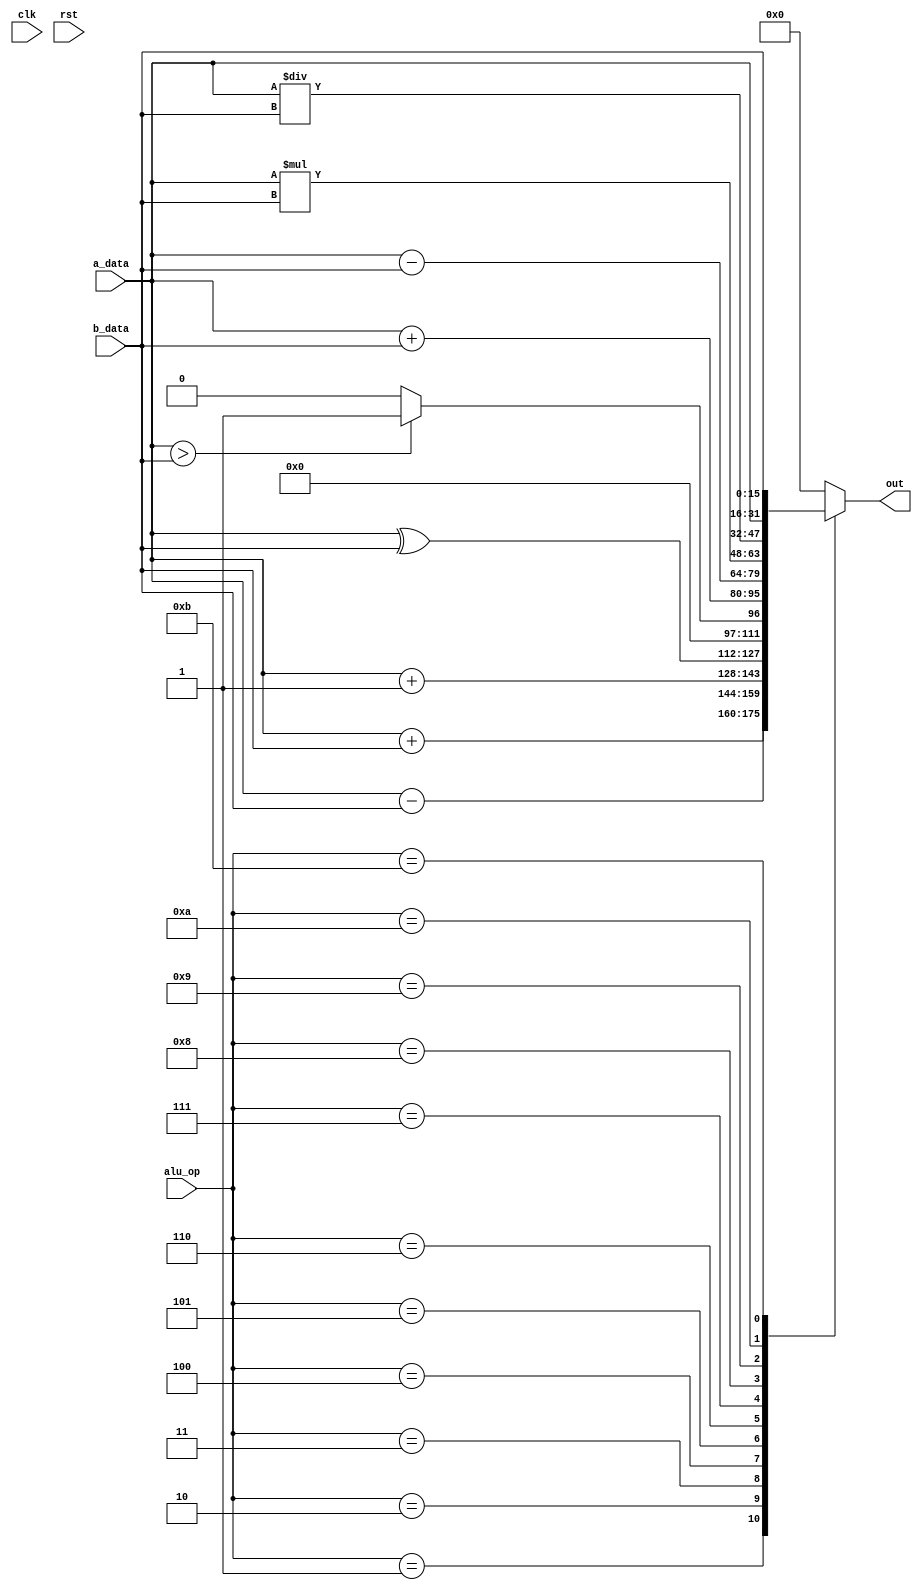
`ifndef _include_alu_
`define _include_alu_

`define OP_NOP   4'b0000
`define OP_ADD   4'b0001
`define OP_SUB   4'b0010
`define OP_INC   4'b0011
`define OP_XOR   4'b0100
`define OP_CMP   4'b0101
`define OP_SADD  4'b0110
`define OP_SSUB  4'b0111
`define OP_SMULT 4'b1000
`define OP_SDIV  4'b1001
`define OP_A     4'b1010
`define OP_B     4'b1011

module Alu(
	input wire [15:0] a_data,
	input wire [15:0] b_data,

	input wire [ 3:0] alu_op,

	output reg [15:0] out,

	input wire clk,
	input wire rst
);
	
	wire signed [15:0] signed_a;
	wire signed [15:0] signed_b;

	assign signed_a = a_data;
	assign signed_b = b_data;
	
	always @(*) begin
		#1;
		case (alu_op)
			`OP_NOP:   out = 0;
			`OP_ADD:   out = a_data + b_data;
			`OP_SUB:   out = a_data - b_data;
			`OP_INC:   out = a_data + 1;
			`OP_XOR:   out = a_data ^ b_data;
			`OP_CMP:   out = a_data > b_data ? 16'b1 : 16'b0;
			`OP_SADD:  out = signed_a + signed_b;
			`OP_SSUB:  out = signed_a - signed_b;
			`OP_SMULT: out = signed_a * signed_b;
			`OP_SDIV:  out = signed_a / signed_b;
			`OP_A:     out = a_data;
			`OP_B:     out = b_data;
			default:   out = 16'b0;
		endcase
	end
endmodule

`endif // _include_alu_